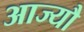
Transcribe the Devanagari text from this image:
आज्यौ